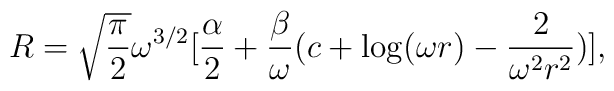
R = \sqrt{\frac{\pi}{2}}\omega^{3/2} [ \frac{\alpha}{2} + \frac{\beta}{\omega}(c + \log(\omega r) - \frac{2}{\omega^{2}r^{2}})],